Scottish Leaving Certificate Examination, 1953
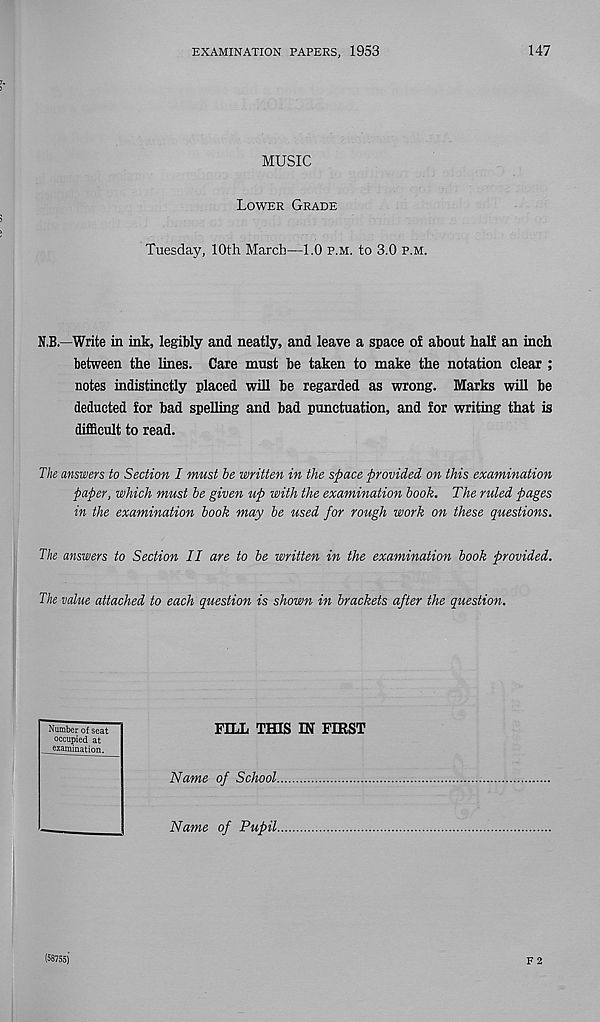
EXAMINATION PAPERS, 1953
147
MUSIC
Lower Grade
Tuesday, 10th March—1.0 p.m. to 3.0 p.m.
N.B.—Write in ink, legibly and neatly, and leave a space of about half an inch
between the lines. Care must be taken to make the notation clear ;
notes indistinctly placed will be regarded as wrong. Marks will be
deducted for bad spelling and bad punctuation, and for writing that is
difficult to read.
The answers to Section I must he written in the space provided on this examination
paper, which must be given up with the examination hook. The ruled pages
in the examination hook may he used for rough work on these questions.
The answers to Section II are to he written in the examination hook provided.
The value attached to each question is shown in brackets after the question.
FILL Tins m FIRST
Name of School
Name of Pupil
I
Number of seat
occupied at
examination.
(58755)
F 2